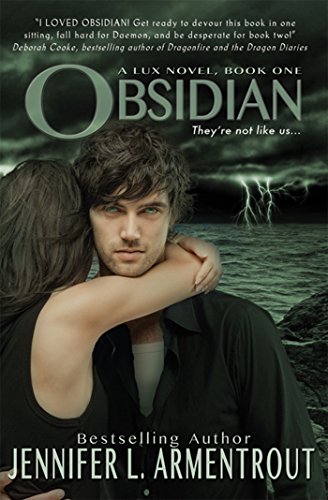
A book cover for Obsidian (Lux); Jennifer L. Armentrout; Teen & Young Adult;